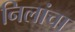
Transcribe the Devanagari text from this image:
निलांचा